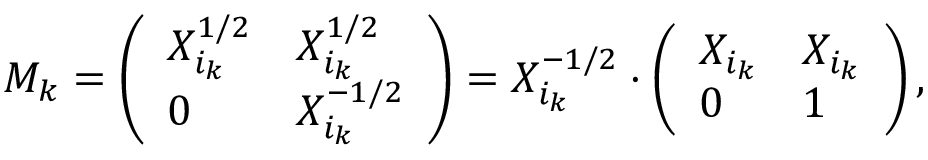
\begin{array} { r } { M _ { k } = \left( \begin{array} { l l } { X _ { i _ { k } } ^ { 1 / 2 } } & { X _ { i _ { k } } ^ { 1 / 2 } } \\ { 0 } & { X _ { i _ { k } } ^ { - 1 / 2 } } \end{array} \right) = X _ { i _ { k } } ^ { - 1 / 2 } \cdot \left( \begin{array} { l l } { X _ { i _ { k } } } & { X _ { i _ { k } } } \\ { 0 } & { 1 } \end{array} \right) , } \end{array}